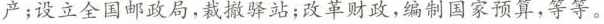
产；设立全国邮政局，裁撤驿站；改革财政，编制国家预算，等等。